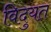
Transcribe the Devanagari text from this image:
विदुयत